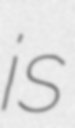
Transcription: is